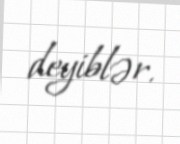
deyiblər.